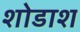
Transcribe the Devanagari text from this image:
शोडाश